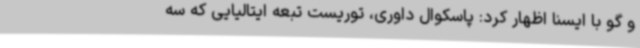
و گو با ایسنا اظهار کرد: پاسکوال داوری، توریست تبعه ایتالیایی که سه